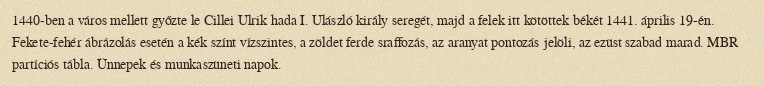
1440-ben a város mellett győzte le Cillei Ulrik hada I. Ulászló király seregét, majd a felek itt kötöttek békét 1441. április 19-én. Fekete-fehér ábrázolás esetén a kék színt vízszintes, a zöldet ferde sraffozás, az aranyat pontozás jelöli, az ezüst szabad marad. MBR partíciós tábla. Ünnepek és munkaszüneti napok.